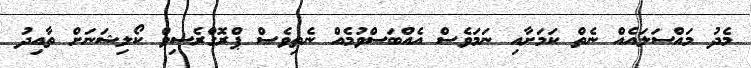
މެދު މައްސަލައެއް ނެތް ކަމަށާއި ނަމަވެސް އެއްބަސްވުމެއް ނެތިވެސް ޕްރޮގްރެސިވް ކޯލިޝަނަށް ތާއިދު